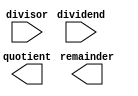
module SRT_Divider (
    input wire [31:0] dividend,
    input wire [31:0] divisor,
    output reg [31:0] quotient,
    output reg [31:0] remainder
);

// Add your code here to implement a Radix-2 SRT Divider

endmodule